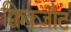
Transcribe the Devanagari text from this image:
क्विक्ज़ौट